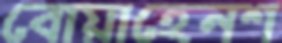
বোয়াহেনশ